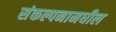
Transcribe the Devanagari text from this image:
संकल्पनामधील